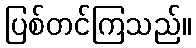
ပြစ်တင်ကြသည်။